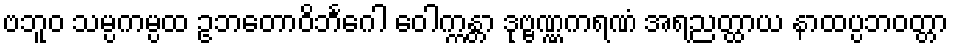
ဗဘူဝ သမ္ပကမ္ပထ ဥဘတောဝိဘင်္ဂေါ ဝေါက္ကန္တာ ဒုဗ္ဗဏ္ဏကရဏံ အရညတ္ထာယ နာထပ္ပဘဝတ္တာ